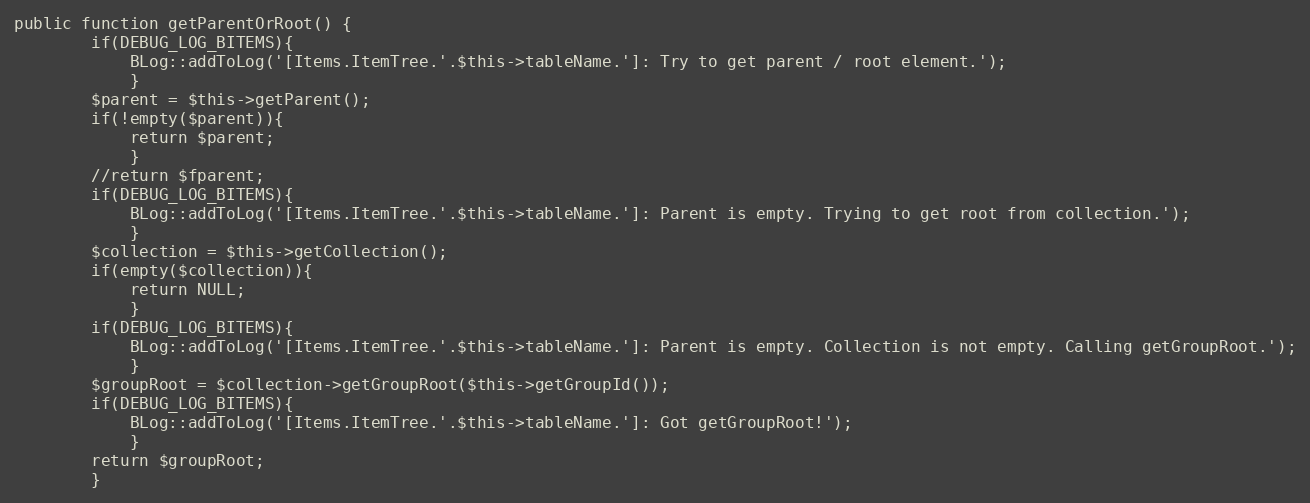
Language: PHP
public function getParentOrRoot() {
		if(DEBUG_LOG_BITEMS){
			BLog::addToLog('[Items.ItemTree.'.$this->tableName.']: Try to get parent / root element.');
			}
		$parent = $this->getParent();
		if(!empty($parent)){
			return $parent;
			}
		//return $fparent;
		if(DEBUG_LOG_BITEMS){
			BLog::addToLog('[Items.ItemTree.'.$this->tableName.']: Parent is empty. Trying to get root from collection.');
			}
		$collection = $this->getCollection();
		if(empty($collection)){
			return NULL;
			}
		if(DEBUG_LOG_BITEMS){
			BLog::addToLog('[Items.ItemTree.'.$this->tableName.']: Parent is empty. Collection is not empty. Calling getGroupRoot.');
			}
		$groupRoot = $collection->getGroupRoot($this->getGroupId());
		if(DEBUG_LOG_BITEMS){
			BLog::addToLog('[Items.ItemTree.'.$this->tableName.']: Got getGroupRoot!');
			}
		return $groupRoot;
		}